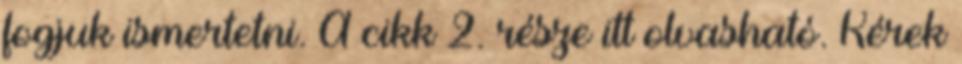
fogjuk ismertetni. A cikk 2. része itt olvasható. Kérek